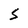
Character: S